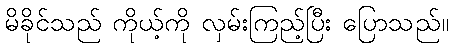
မိခိုင်သည် ကိုယ့်ကို လှမ်းကြည့်ပြီး ပြောသည်။